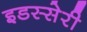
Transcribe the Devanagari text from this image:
इडस्सेरी